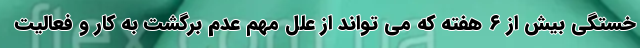
خستگی بیش از ۶ هفته که می تواند از علل مهم عدم برگشت به کار و فعالیت